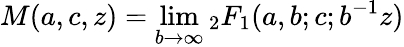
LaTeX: M(a,c,z)=\operatorname*{lim}_{b\to\infty}{}_{2}F_{1}(a,b;c;b^{-1}z)